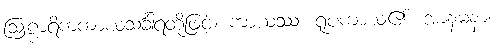
ဩဠာရိကကာယသင်္ခါရတို့ဖြင့်။ ကာယဿ၊ ရူပကာယ၏။ အာနမနာ၊